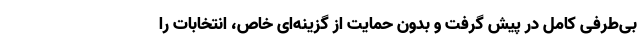
بی‌طرفی کامل در پیش گرفت و بدون حمایت از گزینه‌ای خاص، انتخابات را